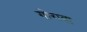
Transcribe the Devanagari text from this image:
गोराबा